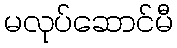
မလုပ်ဆောင်မီ